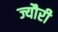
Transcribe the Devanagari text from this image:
ज्यौरी